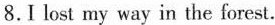
8.I lost my way in the forest.